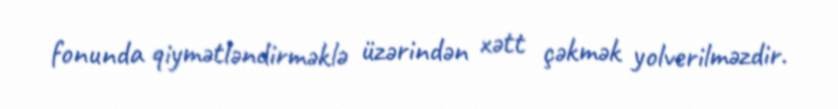
fonunda qiymətləndirməklə üzərindən xətt çəkmək yolverilməzdir.